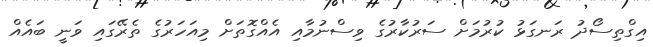
އިގްތިސޯދު ރަނގަޅު ކުރުމަށް ސަރުކާރުގެ ވިސްނުމާއި އެއްގޮތަށް މިއަހަރުގެ ތެރޭގައި ވަނީ ބައެއް